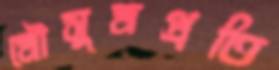
মৌসুমপ্রতি